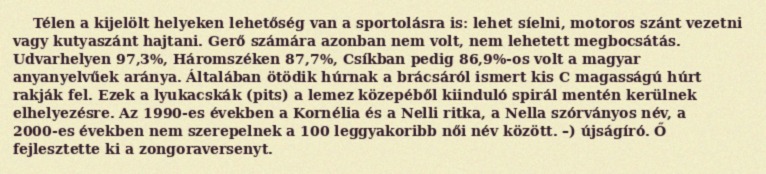
Télen a kijelölt helyeken lehetőség van a sportolásra is: lehet síelni, motoros szánt vezetni vagy kutyaszánt hajtani. Gerő számára azonban nem volt, nem lehetett megbocsátás. Udvarhelyen 97,3%, Háromszéken 87,7%, Csíkban pedig 86,9%-os volt a magyar anyanyelvűek aránya. Általában ötödik húrnak a brácsáról ismert kis C magasságú húrt rakják fel. Ezek a lyukacskák (pits) a lemez közepéből kiinduló spirál mentén kerülnek elhelyezésre. Az 1990-es években a Kornélia és a Nelli ritka, a Nella szórványos név, a 2000-es években nem szerepelnek a 100 leggyakoribb női név között. –) újságíró. Ő fejlesztette ki a zongoraversenyt.